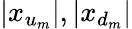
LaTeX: |x_{u_{m}}|,|x_{d_{m}}|